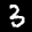
Label: 3